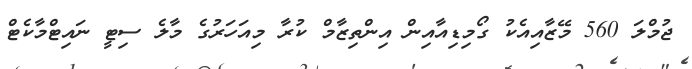
ޖުމްލަ 560 މޭޒާއިއެކު ގޯމިޑިއާއިން އިންތިޒާމް ކުރާ މިއަހަރުގެ މާލެ ސިޓީ ނައިޓްމާކެޓް